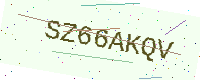
Text: SZ66AKQV